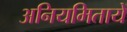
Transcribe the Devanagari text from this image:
अनियमितायें